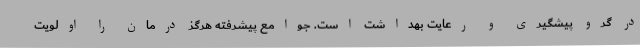
در گرو پیشگیری و رعایت بهداشت است. جوامع پیشرفته هرگز درمان را اولویت